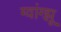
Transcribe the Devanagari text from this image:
ग्वांग्झू